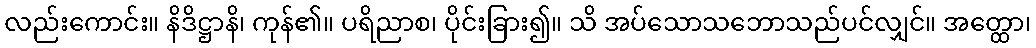
လည်းကောင်း။ နိဒိဋ္ဌာနိ၊ ကုန်၏။ ပရိညာစ၊ ပိုင်းခြား၍။ သိ အပ်သောသဘောသည်ပင်လျှင်။ အတ္ထော၊